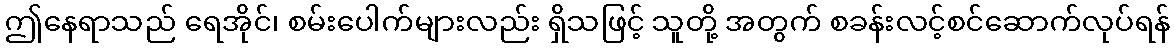
ဤနေရာသည် ရေအိုင်၊ စမ်းပေါက်များလည်း ရှိသဖြင့် သူတို့ အတွက် စခန်းလင့်စင်ဆောက်လုပ်ရန်